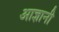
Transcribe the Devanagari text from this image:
आज्ञानी